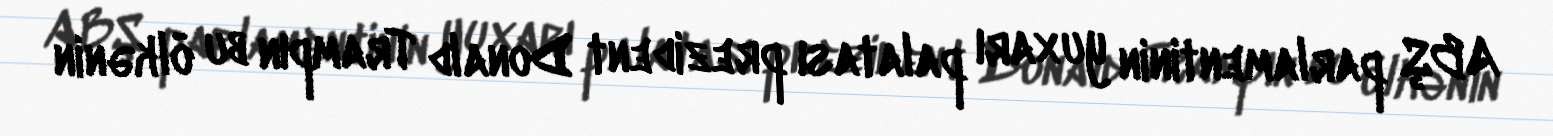
ABŞ parlamentinin yuxarı palatası prezident Donald Trampın bu ölkənin